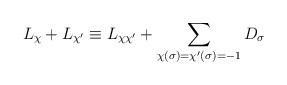
LaTeX: \begin{align*} L_{\chi}+L_{\chi'} \equiv L_{\chi\chi'}+ \sum\limits_{\chi\left( \sigma\right)=\chi'\left( \sigma\right) = -1 }{D_{\sigma}} \end{align*}